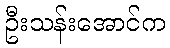
ဦးသန်းအောင်က